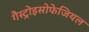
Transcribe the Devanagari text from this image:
गैस्ट्रोइसोफेजियल